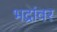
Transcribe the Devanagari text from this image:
भद्रांवर